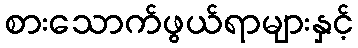
စားသောက်ဖွယ်ရာများနှင့်